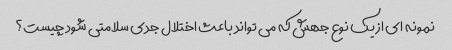
نمونه ای از یک نوع جهش که می تواند باعث اختلال جدی سلامتی شود چیست؟